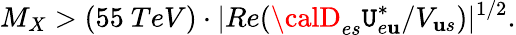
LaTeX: M_{X}>(55~TeV)\cdot|Re({{\calD}_{es}{\cal\mathtt{U}}_{e\mathbf{u}}^{*}}/{V_{\mathbf{u}s}})|^{1/2}.